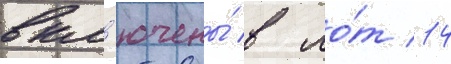
вкл'ючены́ в ло́т 14